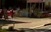
પાવડીયારા